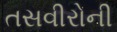
તસવીરોની